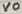
Text: VO